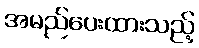
အမည်ပေးထားသည့်